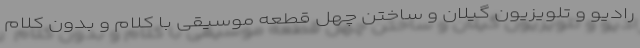
رادیو و تلویزیون گیلان و ساختن چهل قطعه موسیقی با کلام و بدون کلام